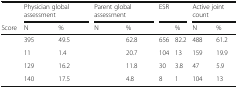
<table><thead><tr><td>[EMPTY_CELL]</td><td colspan="2"><b>Physician global assessment</b></td><td colspan="2"><b>Parent global assessment</b></td><td colspan="2"><b>ESR</b></td><td colspan="2"><b>Active joint count</b></td></tr><tr><td><b>Score</b></td><td><b>N</b></td><td><b>%</b></td><td><b>N</b></td><td><b>%</b></td><td>[EMPTY_CELL]</td><td><b>%</b></td><td><b>N</b></td><td><b>%</b></td></tr></thead><tbody><tr><td>[EMPTY_CELL]</td><td>395</td><td>49.5</td><td>[EMPTY_CELL]</td><td>62.8</td><td>656</td><td>82.2</td><td>488</td><td>61.2</td></tr><tr><td>[EMPTY_CELL]</td><td>11</td><td>1.4</td><td>[EMPTY_CELL]</td><td>20.7</td><td>104</td><td>13</td><td>159</td><td>19.9</td></tr><tr><td>[EMPTY_CELL]</td><td>129</td><td>16.2</td><td>[EMPTY_CELL]</td><td>11.8</td><td>30</td><td>3.8</td><td>47</td><td>5.9</td></tr><tr><td>[EMPTY_CELL]</td><td>140</td><td>17.5</td><td>[EMPTY_CELL]</td><td>4.8</td><td>8</td><td>1</td><td>104</td><td>13</td></tr></tbody></table>